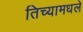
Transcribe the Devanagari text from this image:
तिच्यामधले